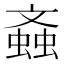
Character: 螡